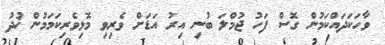
ވާހަކަދައްކަމުން ގޮސް ފަހު ޖުމްލަ ބުނި އިރު އަޑަށް ވެރިވި މޮޅިވެރިކަމަމުން ޚުދު